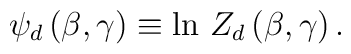
\psi_d \, (\beta , \gamma) \equiv \ln \, Z_d \, (\beta , \gamma) \, .